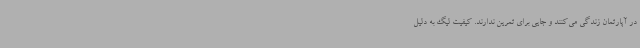
در آپارتمان زندگی می‌کنند و جایی برای تمرین ندارند. کیفیت لیگ به دلیل